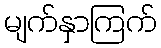
မျက်နှာကြက်